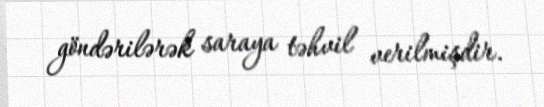
göndərilərək saraya təhvil verilmişdir.